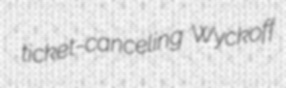
ticket-canceling Wyckoff